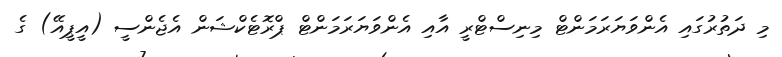
މި ދަތުރުގައި އެންވަޔަރަމަންޓް މިިނިސްޓްރީ އާއި އެންވަޔަރަމަންޓް ޕްރޮޓެކްޝަން އެޖެންސީ (އީޕީއޭ) ގެ